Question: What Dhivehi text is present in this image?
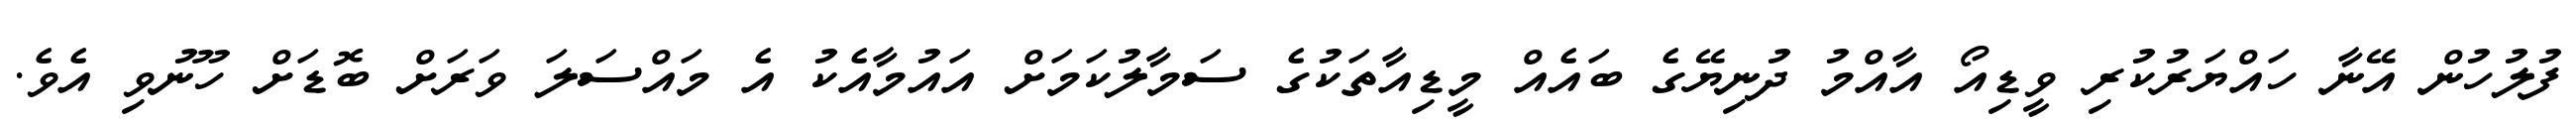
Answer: ފުލުހުން އޭނާ ހައްޔަރުކުރި ވީޑިއޯ އާއްމު ދުނިޔޭގެ ބައެއް މީޑިއާތަކުގެ ސަމާލުކަމަށް އައުމާއެކު އެ މައްސަލަ ވަރަށް ބޮޑަށް ހޫނުވި އެވެ.